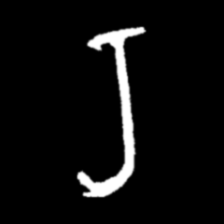
Pyu character \u2014 Myanmar letter: ရ (romanized: ra)